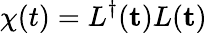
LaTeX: \chi(t)=L^{\dagger}({\mathbf t})L({\mathbf t})